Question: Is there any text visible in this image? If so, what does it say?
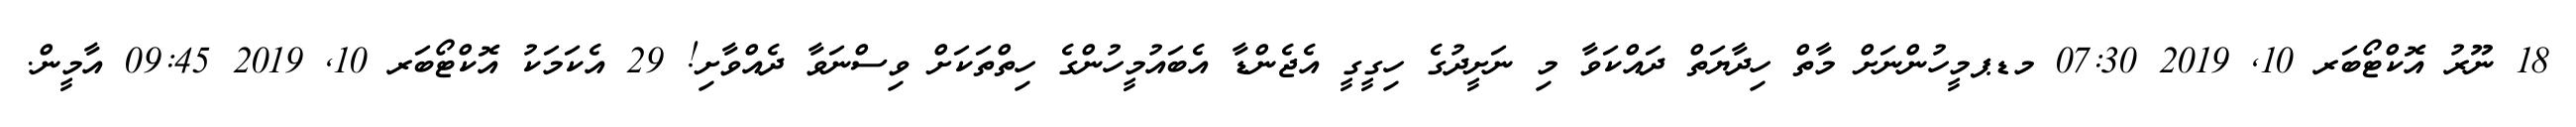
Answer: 18 ނޫރު އޮކްޓޯބަރ 10, 2019 07:30 މޑޕމީހުންނަށް މާތް ހިދާޔަތް ދައްކަވާ މި ނަށީދުގެ ހިގީގީ އެޖެންޑާ އެބައުމީހުންގެ ހިތްތަކަށް ވިސްނަވާ ދެއްވާށި! 29 އެކަމަކު އޮކްޓޯބަރ 10, 2019 09:45 އާމީން.